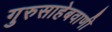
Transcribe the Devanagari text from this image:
गुरुसाहेबवाणी